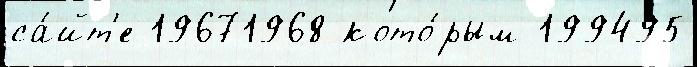
са́йт'е 19671968 кото́рым 199495